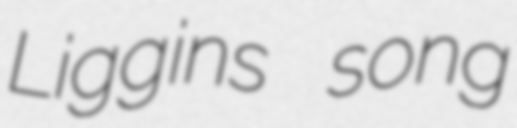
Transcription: Liggins song